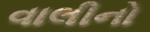
વાલીનો